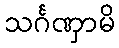
သင်္ဂဏှာမိ